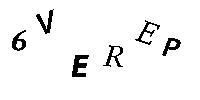
6VEREP